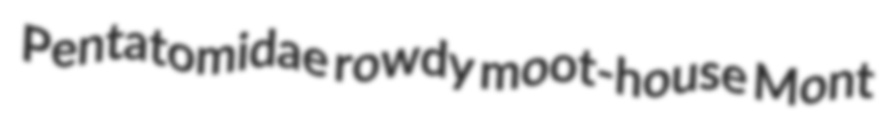
Pentatomidae rowdy moot-house Mont